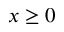
x \geq 0